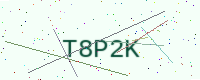
Text: T8P2K